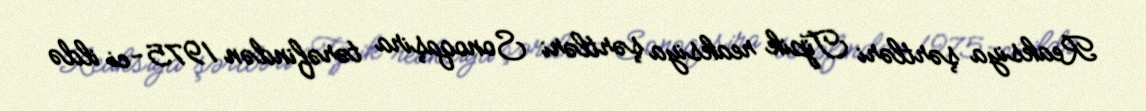
Reaksiya şərtləri Tipik reaksiya şərtləri Sonoqaşira tərəfindən 1975-ci ildə